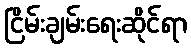
ငြိမ်းချမ်းရေးဆိုင်ရာ